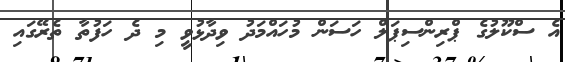
އެ ސްކޫލުގެ ޕްރިންސިޕަލް ހަސަން މުހައްމަދު ވިދާޅުވީ މި ދެ ހަފުތާ ތެރޭގައި